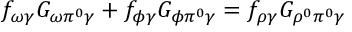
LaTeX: f _ { \omega \gamma } G _ { \omega \pi ^ { 0 } \gamma } + f _ { \phi \gamma } G _ { \phi \pi ^ { 0 } \gamma } = f _ { \rho \gamma } G _ { \rho ^ { 0 } \pi ^ { 0 } \gamma }